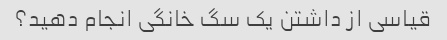
قیاسی از داشتن یک سگ خانگی انجام دهید؟